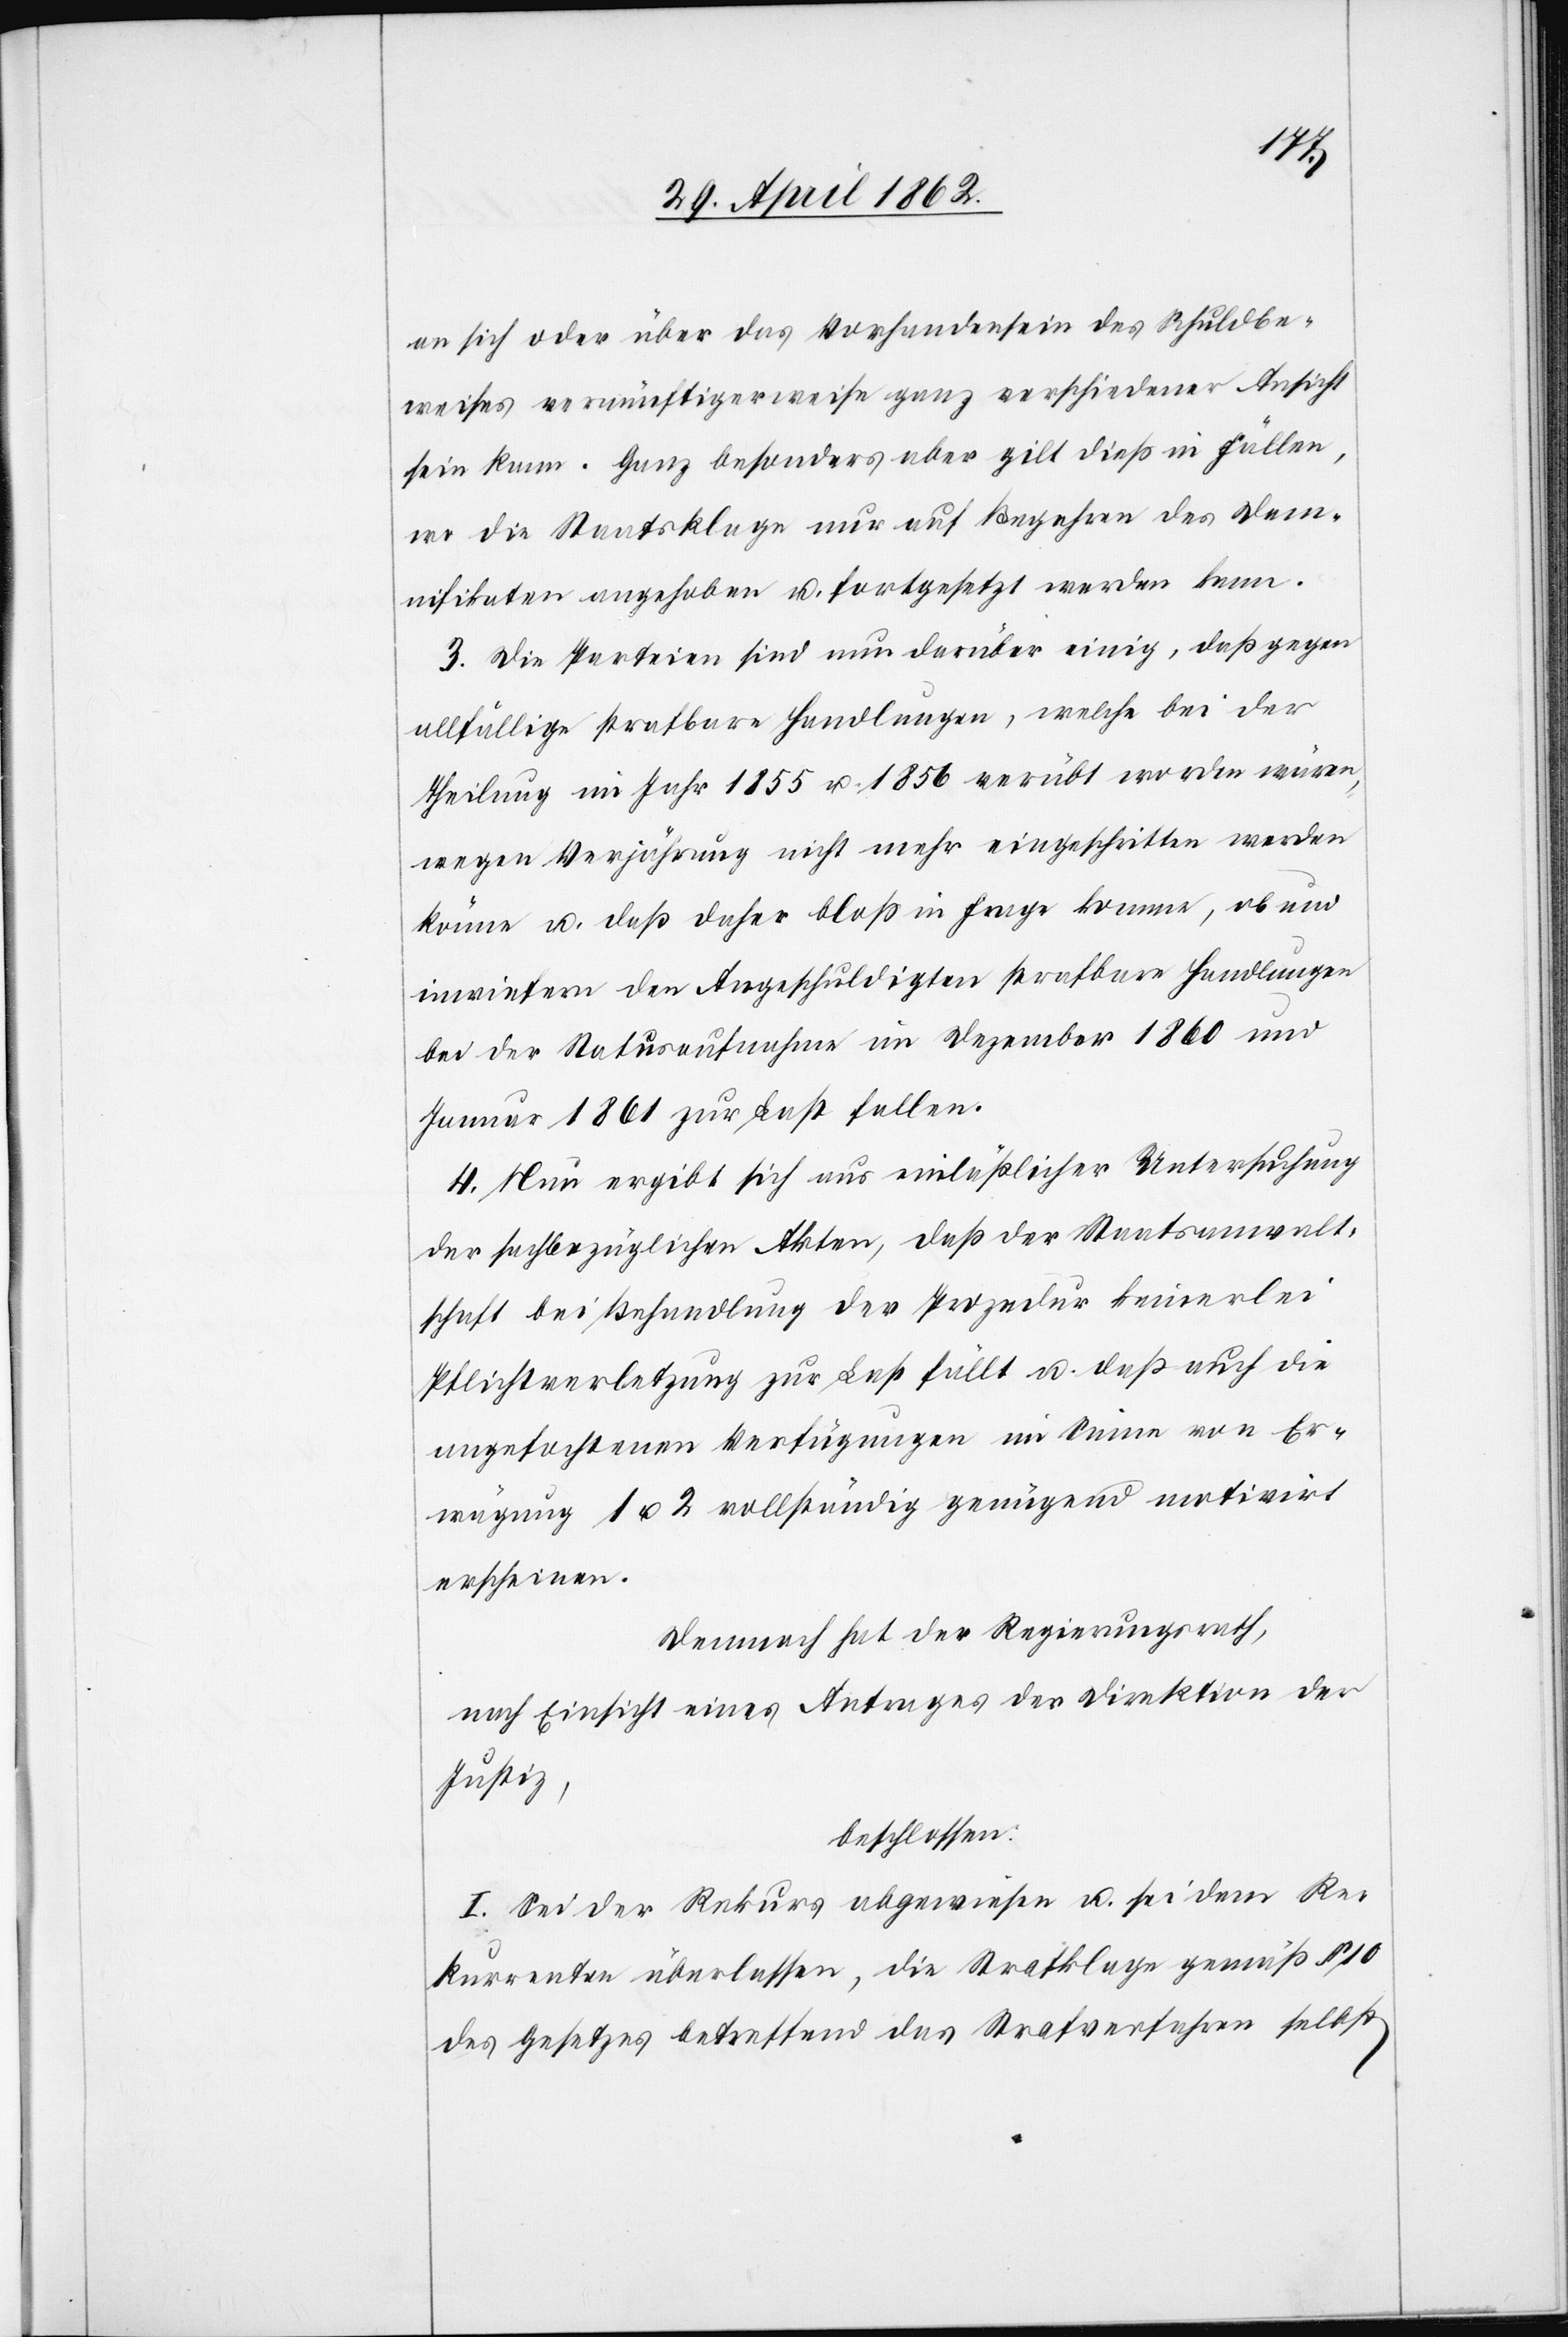
an sich oder über das Vorhandensein des Schuldbe¬
weises vernünftigerweise ganz verschiedener Ansicht
sein kann. Ganz besonders aber gilt dieß in Fällen,
wo die Staatsklage nur auf Begehren des Dam¬
nifikaten angehoben u. fortgesetzt werden kann.
3. Die Parteien sind nun darüber einig, daß gegen
allfällige strafbare Handlungen, welche bei der
Theilung im Jahr 1855 u. 1856 verübt worden wären,
wegen Verjährung nicht mehr eingeschritten werden
könne u. daß daher bloß in Frage komme, ob und
inwiefern den Angeschuldigten strafbare Handlungen
bei der Statusaufnahme im Dezember 1860 und
Januar 1861 zur Last fallen.
4. Nun ergibt sich aus einläßlicher Untersuchung
der sachbezüglichen Akten, daß der Staatsanwalt¬
schaft bei Behandlung der Prozedur keinerlei
Pflichtverletzung zur Last fällt u. daß auch die
angefochtenen Verfügungen im Sinne von Er¬
wägung 1 u. 2 vollständig genügend motivirt
erscheinen.
Demnach hat der Regierungsrath,
nach Einsicht eines Antrages der Direktion der
Justiz,
beschlossen:
I. Sei der Rekurs abgewiesen u. sei dem Re¬
kurrenten überlassen, die Strafklage gemäß § 10
des Gesetzes betreffend das Strafverfahren selbst